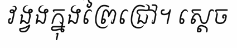
វង្វងក្នុងព្រៃជ្រៅ។ ស្តេច